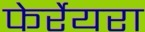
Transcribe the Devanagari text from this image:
फेर्रेयरा